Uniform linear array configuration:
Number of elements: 8
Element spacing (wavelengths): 1
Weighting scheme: binomial
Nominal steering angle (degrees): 0
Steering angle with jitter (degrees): -0.7068
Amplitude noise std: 0.05
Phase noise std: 0.05

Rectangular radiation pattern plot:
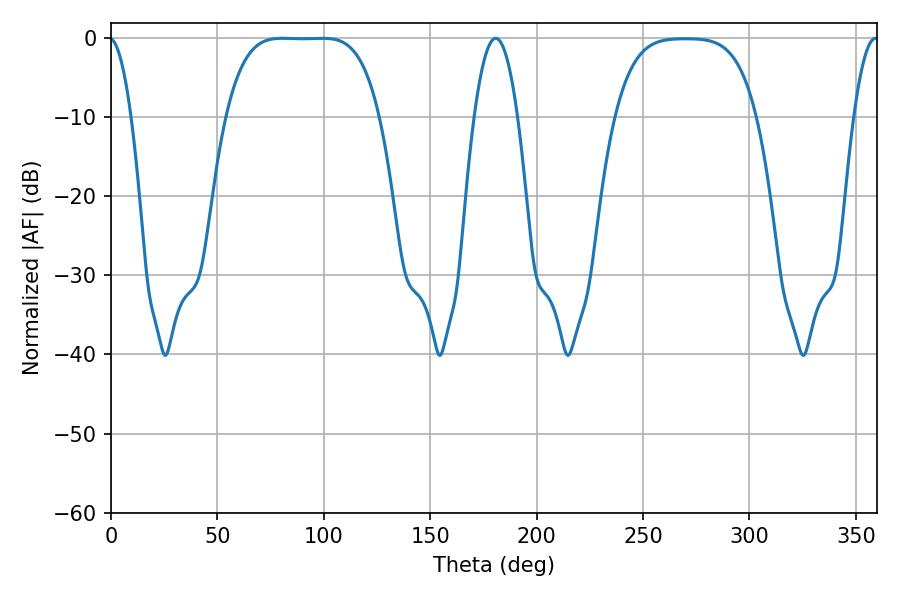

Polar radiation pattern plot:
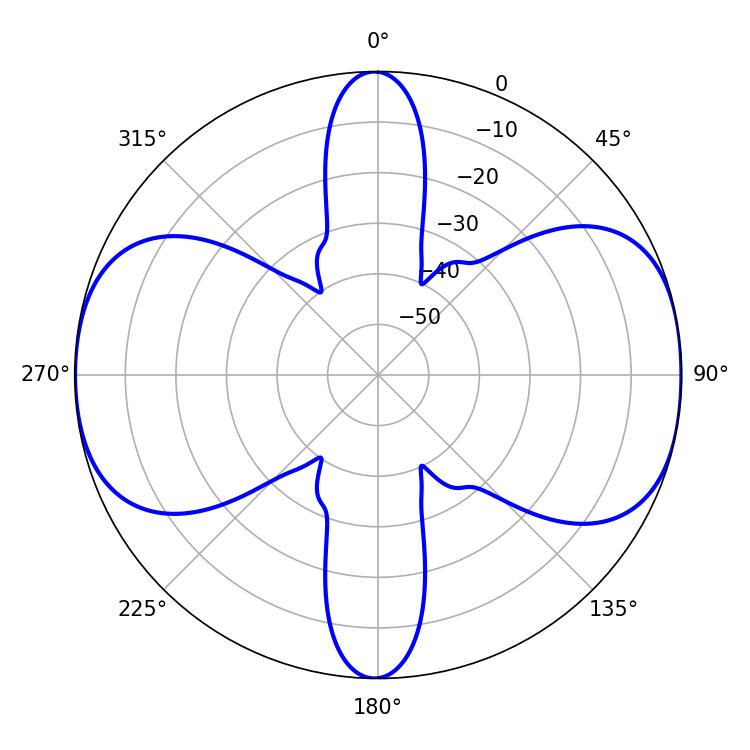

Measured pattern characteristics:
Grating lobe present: TRUE
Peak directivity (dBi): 12.158
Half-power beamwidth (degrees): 54.72
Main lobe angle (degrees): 80.64